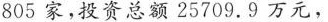
805家，投资总额25709.9万元，